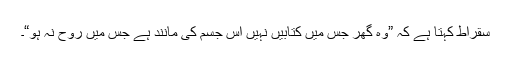
سقراط کہتا ہے کہ ”وہ گھر جس میں کتابیں نہیں اس جسم کی مانند ہے جس میں روح نہ ہو“۔